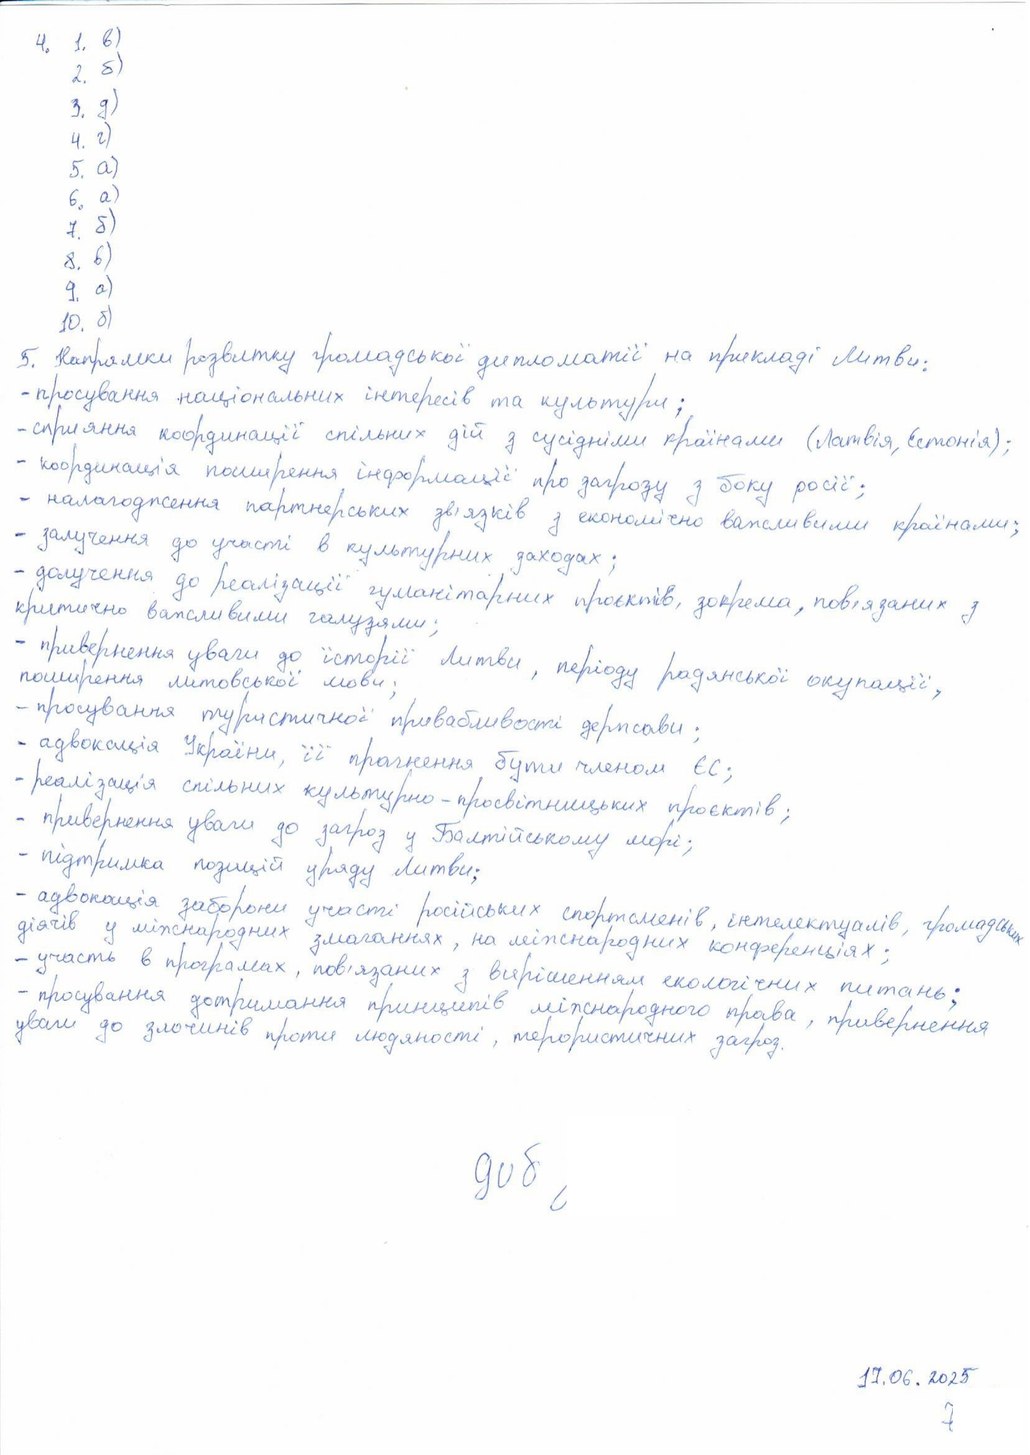
4. 1. в)
2. б)
3. д)
4. г)
5. a)
6. а)
7. б)
8. в)
9. a)
10. б)
5. Напрямки розвитку громадської дипломатії на прикладі Литви:
- просування національних інтересів та культури;
- сприяння координації спільних дій з сусідніми країнами (Латвія, Естонія);
- координація поширення інформації про загрозу з боку росії;
- налагодження партнерських зв'язків з економічно важливими країнами;
- залучення до участі в культурних заходах ;
- долучення до реалізації гуманітарних проєктів, зокрема, пов'язаних з
критично важливими галузями;
- привернення уваги до історії Литви, періоду радянської окупації,
поширення литовської мови
- просування туристичної привабливості держави;
- адвокація України, її прагнення бути членом ЄС;
- реалізація спільних культурно-просвітницьких проєктів;
- привернення уваги до загроз у Балтійському морі;
- підтримка позицій уряду Литви;
- адвокація заборони участі російських спортсменів, інтелектуалів, громадських
діячив у міжнародних змаганнях, на міжнародних конференціях;
- участь в програмах, пов'язаних з вирішенням екологічних питань;
- просування дотримання принципів міжнародного права, привернення
уваги до злочинів проти людяності, терористичних загроз
доб
17.06.2025